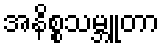
အနိစ္စသမ္ဘူတာ